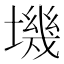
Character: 㙨